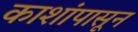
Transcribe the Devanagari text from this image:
काशांपासून